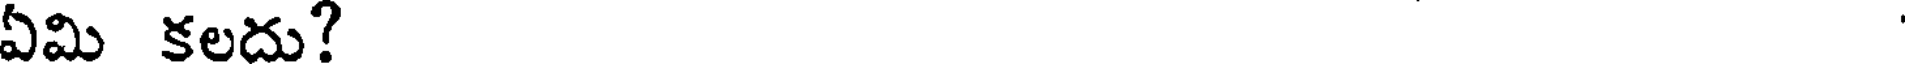
ఏమి కలదు?